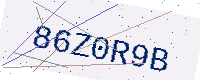
Text: 86Z0R9B